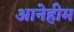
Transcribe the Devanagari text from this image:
आनेहीम